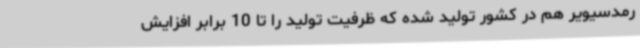
رمدسیویر هم در کشور تولید شده که ظرفیت تولید را تا 10 برابر افزایش